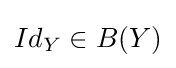
Id_{Y}\in B(Y)